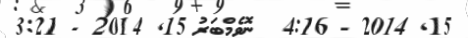
15